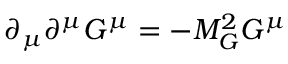
\partial _ { \mu } \partial ^ { \mu } G ^ { \mu } = - M _ { G } ^ { 2 } G ^ { \mu }